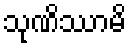
သုဏိဿာမိ